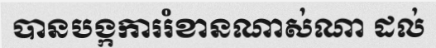
បានបង្កការរំខានណាស់ណា ដល់